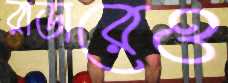
রাডারেও